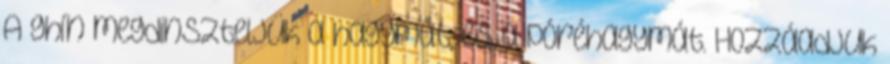
A ghín megdinszteljük a hagymát, és a póréhagymát. Hozzáadjuk